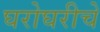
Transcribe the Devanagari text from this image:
घरोघरीचे